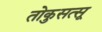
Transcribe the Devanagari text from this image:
तोकुसत्सू